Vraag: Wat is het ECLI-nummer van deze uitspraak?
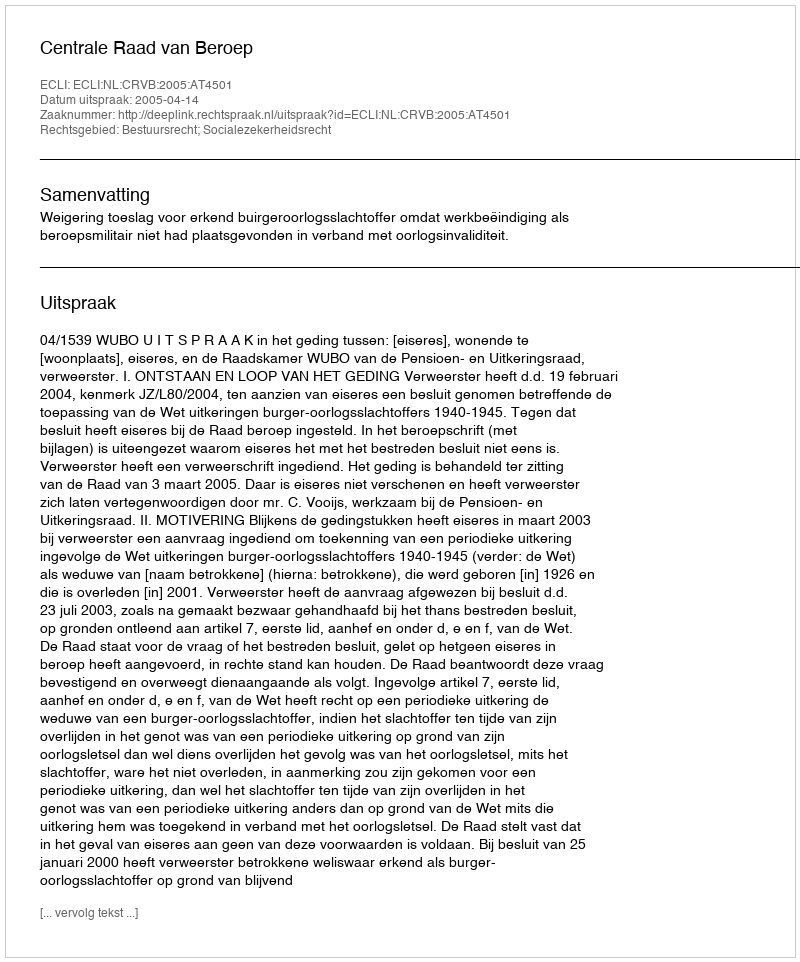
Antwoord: ECLI:NL:CRVB:2005:AT4501